Punjab Mental Hospital Lahore 1932-46 - 1932-1946
Year: 1932
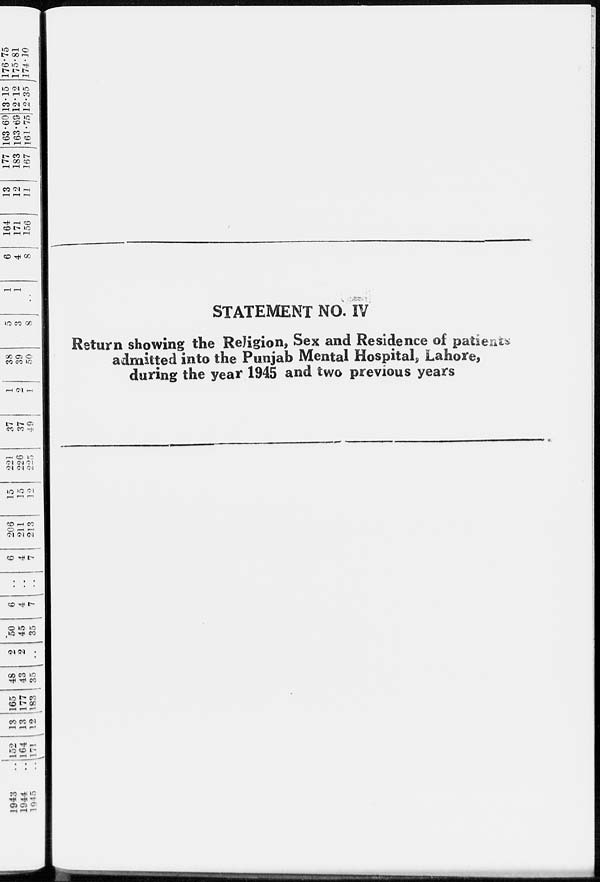
STATEMENT NO. IV
Return showing the Religion, Sex and Residence of patients
admitted into the Punjab Mental Hospital, Lahore,
during the year 1945 and two previous years